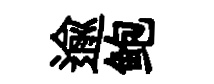
逾鲍